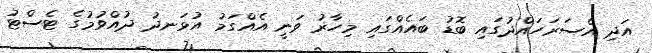
އަދި އެސަރަހައްދުގައި ބޮޑު ބައެއްގައި މިހާރު ވަނީ އެއްގަމު އުޅަނދު ދުއްވުމުގެ ޓެސްޓު